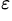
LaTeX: ^\varepsilon